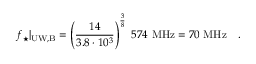
f _ { \star } | _ { \mathrm { U W , B } } = \left( { \frac { 1 4 } { 3 . 8 \cdot 1 0 ^ { 3 } } } \right) ^ { \frac { 3 } { 8 } } ~ 5 7 4 ~ \mathrm { M H z } = 7 0 ~ \mathrm { M H z } ~ ~ \ .